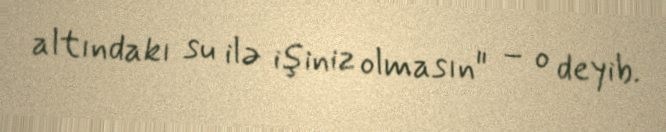
altındakı su ilə işiniz olmasın" – o deyib.